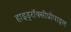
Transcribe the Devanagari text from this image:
हाइड्रॉक्सीप्रोपाइल